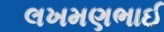
લખમણભાઈ